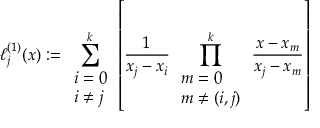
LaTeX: \ell _ { j } ^ { ( 1 ) } ( x ) : = \sum _ { \begin{array} { l } { i = 0 } \\ { i \not = j } \end{array} } ^ { k } \left[ { \frac { 1 } { x _ { j } - x _ { i } } } \prod _ { \begin{array} { l } { m = 0 } \\ { m \not = ( i , j ) } \end{array} } ^ { k } { \frac { x - x _ { m } } { x _ { j } - x _ { m } } } \right]